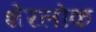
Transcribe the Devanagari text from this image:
शेरलोक